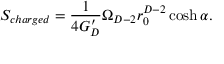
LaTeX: S _ { c h a r g e d } = { \frac { 1 } { 4 G _ { D } ^ { \prime } } } \Omega _ { D - 2 } r _ { 0 } ^ { D - 2 } \cosh \alpha .